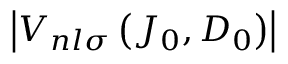
\left| V _ { n l \sigma } \left( J _ { 0 } , D _ { 0 } \right) \right|